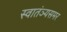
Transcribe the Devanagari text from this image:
स्वातंञ्यसमर